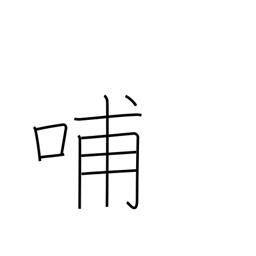
Meaning: nurse